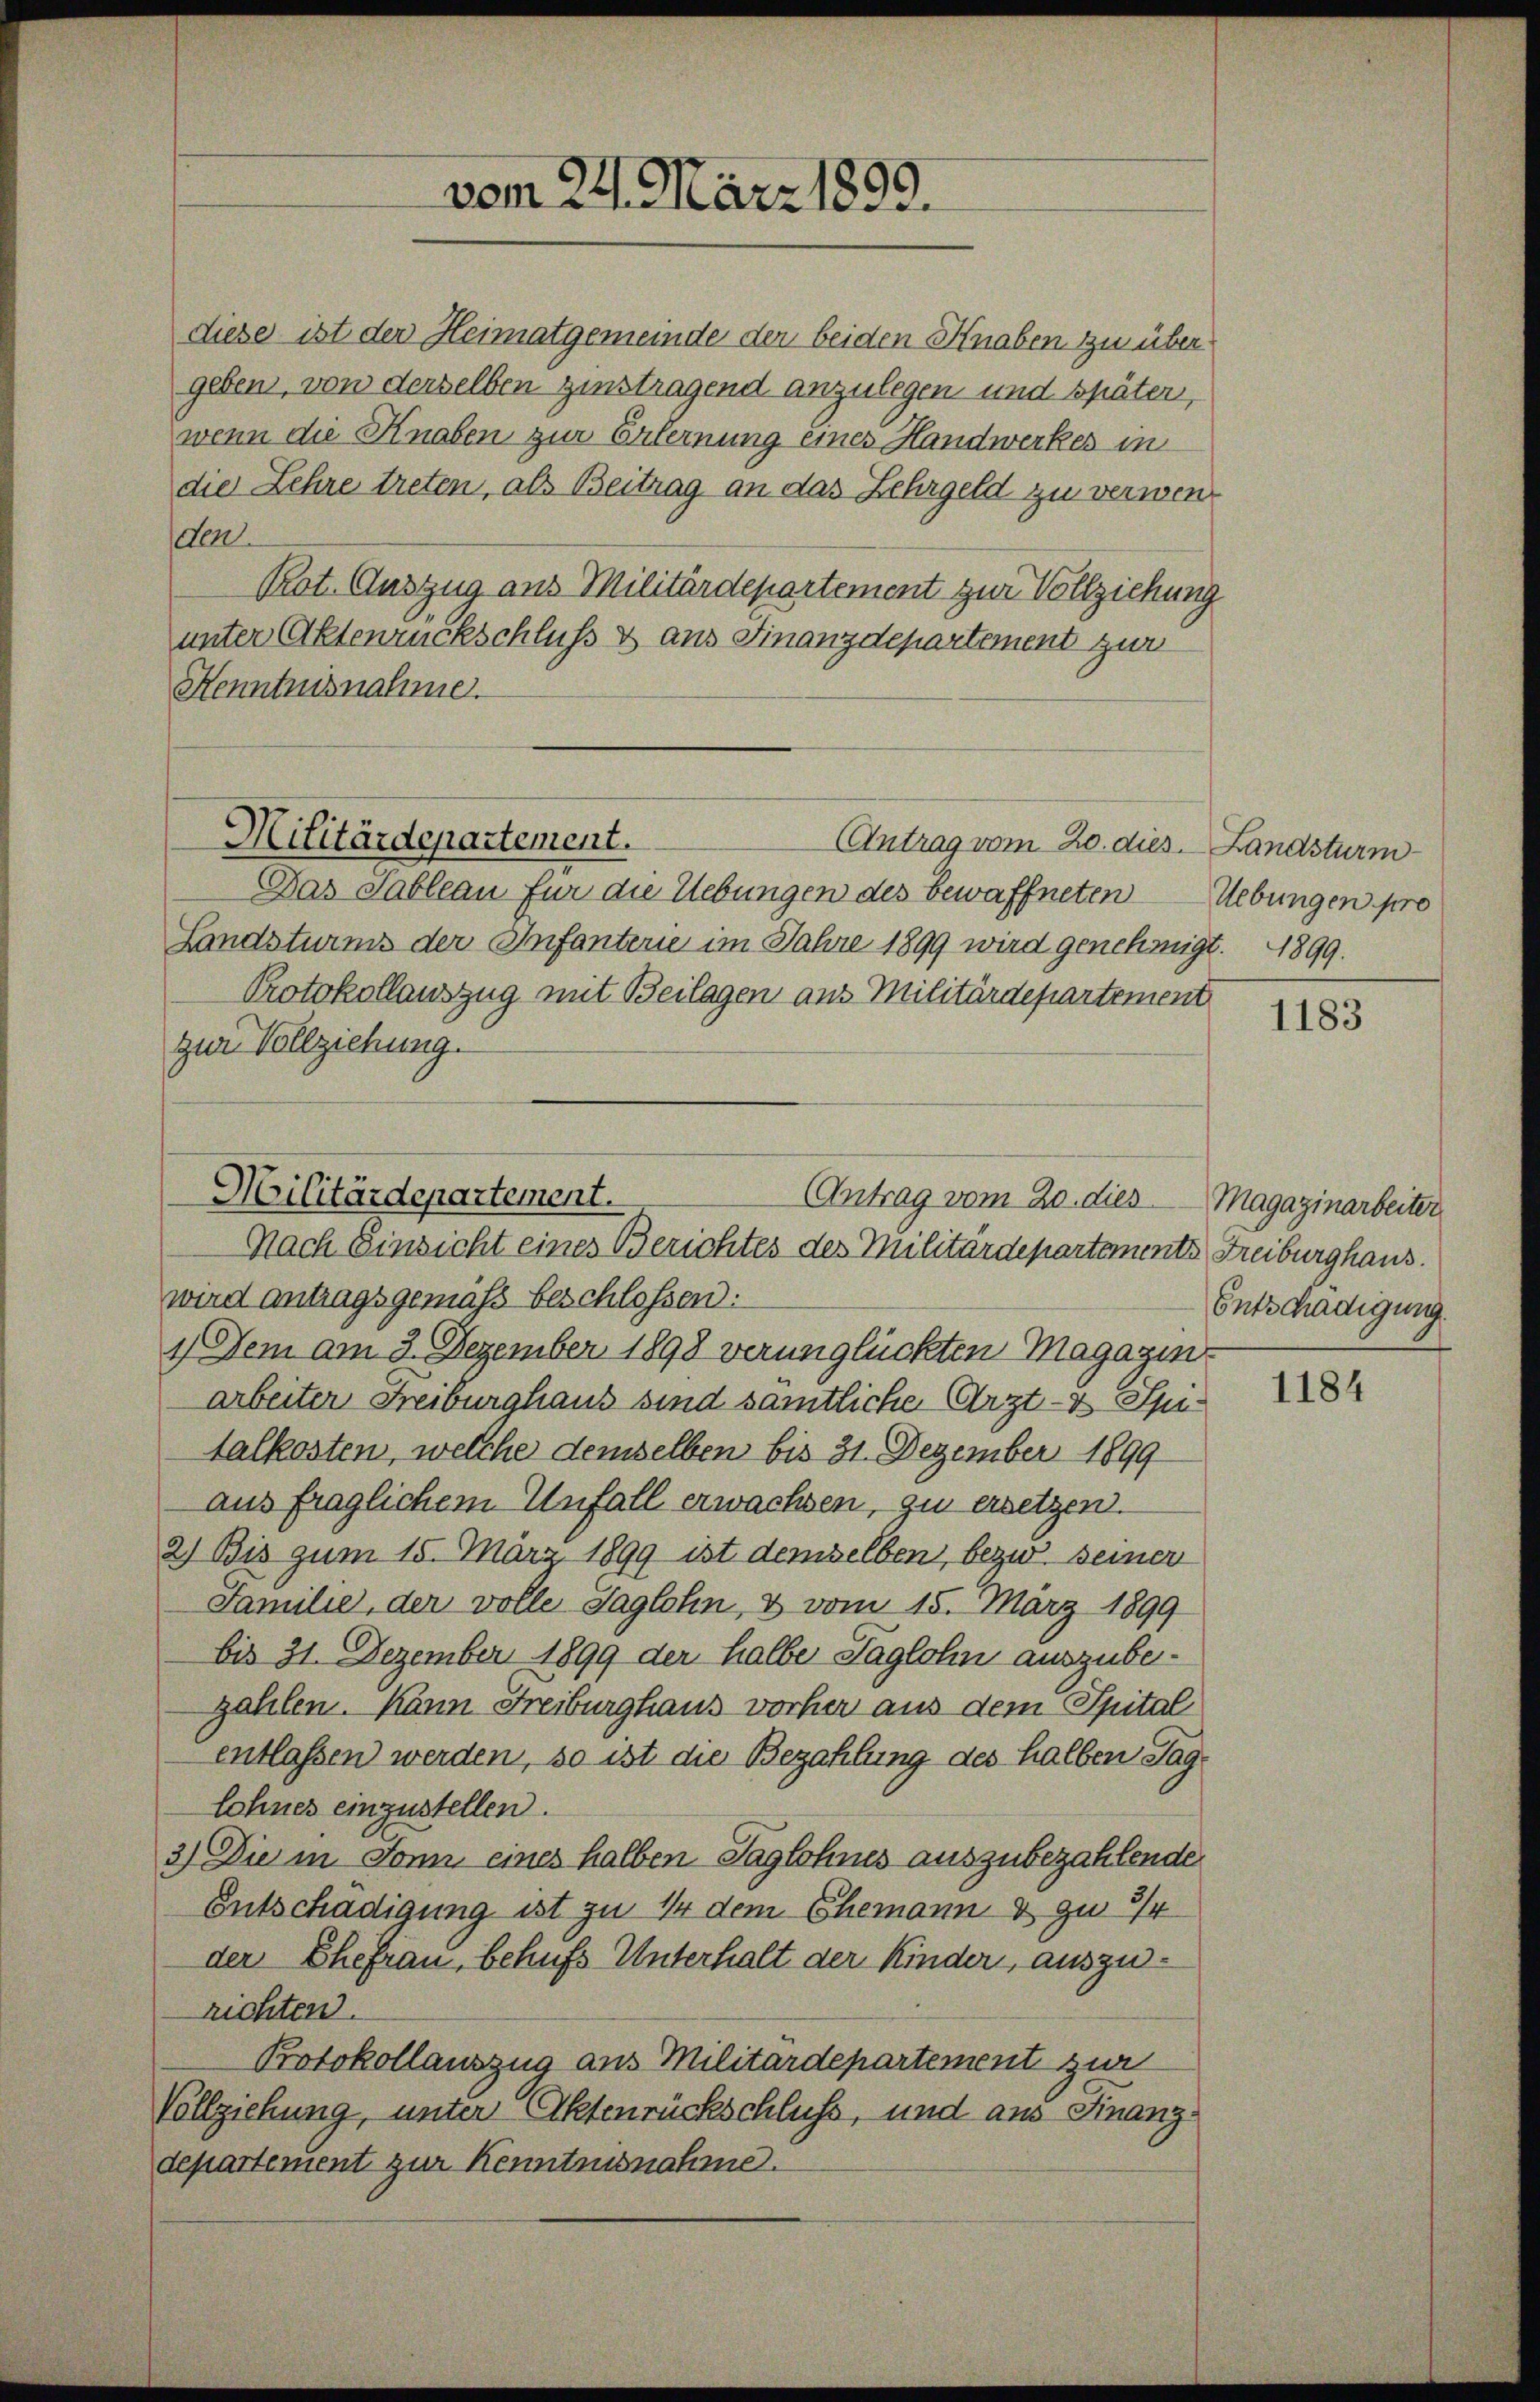
diese ist der Heimatgemeinde der beiden Knaben zu über
geben, von derselben zinstragend anzulegen und später,
wenn die Knaben zur Erternung eines Handwerkes in
die Lehre treten, als Beitrag an das Lehrgeld zu verwende
Rot. Auszug aus Militärdepartement zur Vollziehung
unter Aktenrückschluß & aus Finanzdepartement zur
Henntnisnahme.

vom 24. März 1890.

Militärdepartement.
Antrag vom 20. dies. Landsturm

Das Tableau für die Uebungen des Bewaffneten
Landsturms der Infanterie im Jahre 1899 wird genehmigt. 1899.
Protokollauszug mit Beilagen aus Militärdepartement
zur Vollziehung.

Militärdepartement.
Antrag vom 20. dies Magazinarbeiter
Nach Einsicht eines Berichtes des Militärdepartements Freiburghaus.

wird antragsgemäß beschlossen:
1.) Dem am 3. Dezember 1898 verunglückten Magazins
arbeiter Freiburghaus sind samtliche Arzt- & Spitalkosten, welche demselben bis 31. Dezember 1899
aus fraglichem Unfall erwachsen, zu ersetzen.
2) Bis zum 15. März 1899 ist demselben, bezw. seiner
Familie, der volle Taglohn, & vom 15. März 1899
bis 31. Dezember 1899 der halbe Taglohn auszubezahlen. Kann Freiburghaus vorher aus dem Spital
entlassen werden, so ist die Bezahlung des halben Taglohnes einzustellen.
3) Die in Sonn eines halben Taglohnes auszubezahlende
Entschädigung ist zu 1 dem Ehemann & zu 3/4
der Ehefrau, behufs Unterhalt der Kinder, auszurichten.
Protokollauszug aus Militärdepartement zur
Vollziehung, unter Aktenrückschluß, und aus Finanzdepartement zur Kenntnisnahme.

Uebungen pro

1183

Entschädigung.

1184